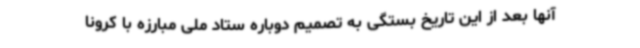
آنها بعد از این تاریخ بستگی به تصمیم دوباره ستاد ملی مبارزه با کرونا